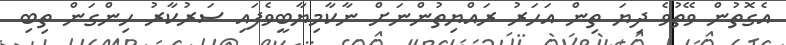
އެގޮތުން ވޭތުވެ ދިޔަ ތިން އަހަރު ރައްޔިތުންނަށް ނާކާމިޔާބީވެފައި ސަރުކާރު ހިންގަން ތިބި